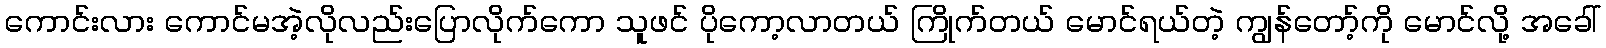
ကောင်းလား ကောင်မအဲ့လိုလည်းပြောလိုက်ကော သူဖင် ပိုကော့လာတယ် ကြိုက်တယ် မောင်ရယ်တဲ့ ကျွန်တော့်ကို မောင်လို့ အခေါ်